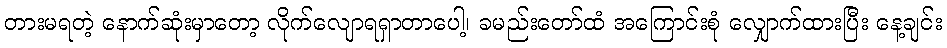
တားမရတဲ့ နောက်ဆုံးမှာတော့ လိုက်လျောရရှာတာပေါ့၊ ခမည်းတော်ထံ အကြောင်းစုံ လျှောက်ထားပြီး နေ့ချင်း